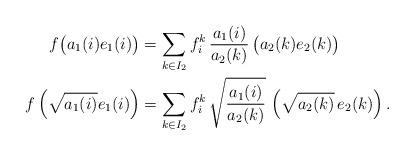
LaTeX: \begin{align*}f\big( a_1(i) e_1(i) \big)& = \sum_{k\in I_2 }f_i^k \, \frac{ a_1(i) }{a_2(k)} \, \big(a_2(k) e_2(k) \big) \\ f\left ( \sqrt{a_1(i)} e_1(i) \right)& = \sum_{k\in I_2 }f_i^k \, \sqrt{ \frac{ a_1(i) }{ a_2(k)}} \, \left( \sqrt{ a_2(k)}\, e_2(k) \right).\end{align*}